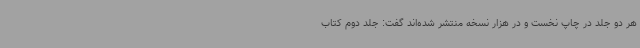
هر دو جلد در چاپ نخست و در هزار نسخه منتشر شده‌اند گفت: جلد دوم کتاب